Report on the working of the mental hospitals for Indians in Bihar and Orissa - 1925-1929
Year: 1925
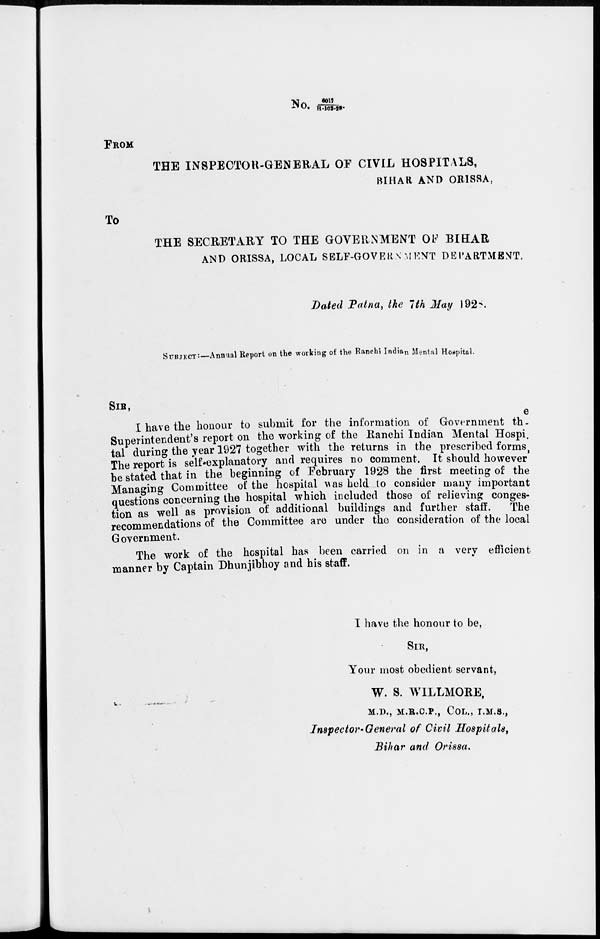
No. 6017/H-102-28.
FROM
THE INSPECTOR-GENERAL OF CIVIL HOSPITALS,
BIHAR AND ORISSA,
To
THE SECRETARY TO THE GOVERNMENT OF BIHAR
AND ORISSA, LOCAL SELF-GOVERNMENT DEPARTMENT.
Dated Patna, the 7th May 1928.
SUBJECT:—Annual Report on the working of the Ranchi Indian Mental Hospital.
SIR,
I have the honour to submit for the information of Government the
Superintendent's report on the working of the Ranchi Indian Mental Hospi-
tal during the year 1927 together with the returns in the prescribed forms,
The report is self-explanatory and requires no comment. It should however
be stated that in the beginning of February 1928 the first meeting of the
Managing Committee of the hospital was held to consider many important
questions concerning the hospital which included those of relieving conges-
tion as well as provision of additional buildings and further staff.
The
recommendations of the Committee are under the consideration of the local
Government.
The work of the hospital has been carried on in a very efficient
manner by Captain Dhunjibhoy and his staff.
I have the honour to be,
SIR,
Your most obedient servant,
W. S. WILLMORE,
M.D., M.R.C.P., COL., I.M.S.,
Inspector-General of Civil Hospitals,
Bihar and Orissa.